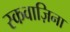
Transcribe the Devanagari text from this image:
स्कवाज़िना